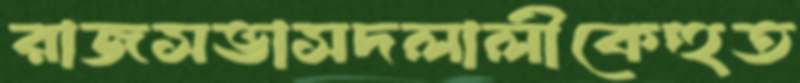
রাজসভাসদলালীকেহুত